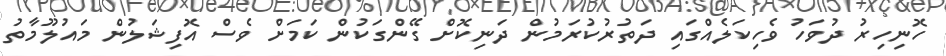
ހޮނިހިރު ދުވަހު ވެހިކަލެއްގައި ދަތުރުކުރަމުން ދަނިކޮށް ގޭންގަކުން ކަމަށް ވެސް އޮފިޝަލުން މައުލޫމާތު